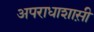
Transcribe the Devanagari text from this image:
अपराधाशास़ी